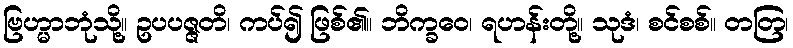
ဗြဟ္မာဘုံသို့။ ဥပပဇ္ဇတိ၊ ကပ်၍ ဖြစ်၏။ ဘိက္ခဝေ၊ ရဟန်းတို့။ သုဒံ၊ စင်စစ်။ တတြ၊